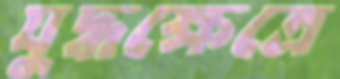
যুদ্ধক্ষেত্রে